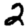
Digit: 2